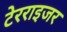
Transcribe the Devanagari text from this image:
टेरराइजर